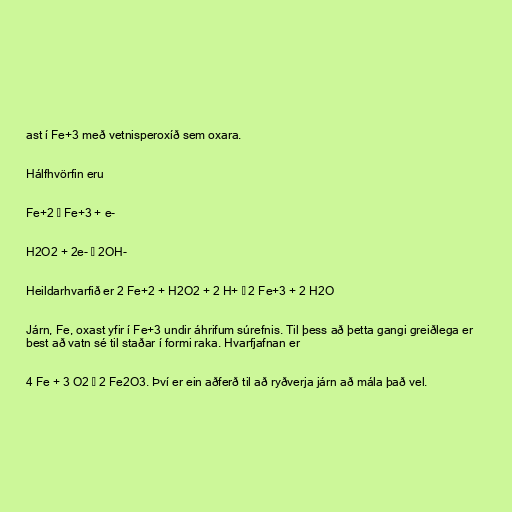
ast í Fe+3 með vetnisperoxíð sem oxara.

Hálfhvörfin eru

Fe+2 → Fe+3 + e-

H2O2 + 2e- → 2OH-

Heildarhvarfið er 2 Fe+2 + H2O2 + 2 H+ → 2 Fe+3 + 2 H2O

Járn, Fe, oxast yfir í Fe+3 undir áhrifum súrefnis. Til þess að þetta gangi greiðlega er
best að vatn sé til staðar í formi raka. Hvarfjafnan er

4 Fe + 3 O2 → 2 Fe2O3. Því er ein aðferð til að ryðverja járn að mála það vel.